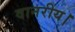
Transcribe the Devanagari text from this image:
वानरीय।